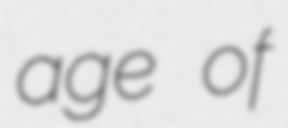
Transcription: age of